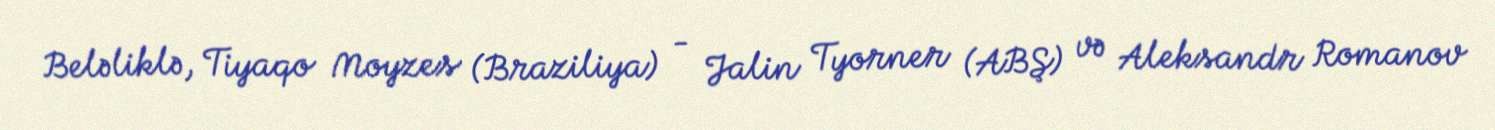
Beləliklə, Tiyaqo Moyzes (Braziliya) - Jalin Tyorner (ABŞ) və Aleksandr Romanov